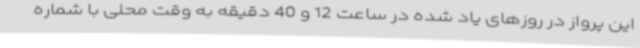
این پرواز در روزهای یاد شده در ساعت 12 و 40 دقیقه به وقت محلی با شماره